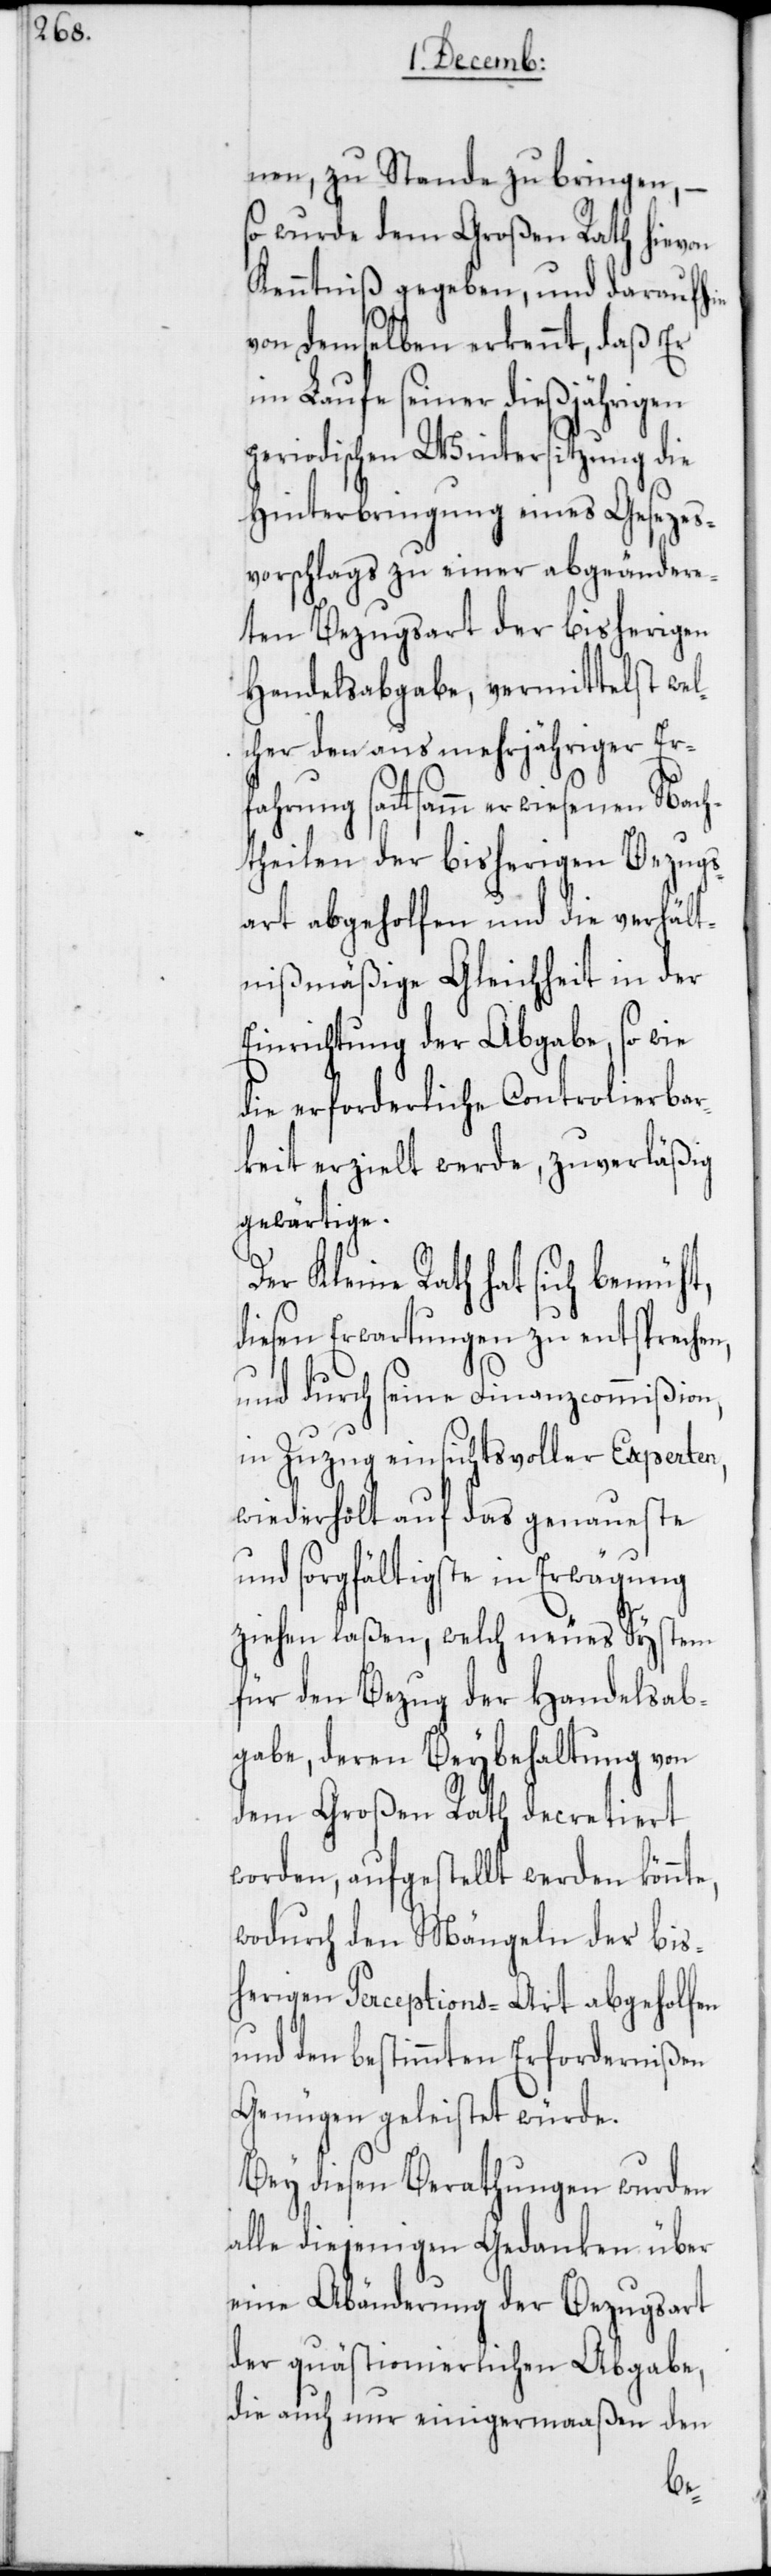
nen, zu Stande zu bringen, –
so wurde dem Großen Rath hievon
Kenntniß gegeben, und daraufhin
von demselben erkennt, daß Er
im Laufe seiner dießjährigen
periodischen Wintersitzung die
Hinterbringung eines Gesezes¬
vorschlags zu einer abgeändere¬
ten Bezugsart der bisherigen
Handelsabgabe, vermittelst wel¬
cher den aus mehrjähriger Er¬
fahrung sattsam erwiesenen Nach¬
theilen der bisherigen Bezugs¬
art abgeholfen und die verhält¬
nißmäßige Gleichheit in der
Einrichtung der Abgabe, so wie
die erforderliche Controlierbar¬
keit erzielt werde, zuverläßig
gewärtige.
Der Kleine Rath hat sich bemüht,
diesen Erwartungen zu entsprechen,
und durch seine Finanzcommißion,
in Zuzug einsichtsvoller Experten,
wiederholt auf das genaueste
und sorgfältigste in Erwägung
ziehen laßen, welch neues System
für den Bezug der Handelsab¬
gabe, deren Beybehaltung von
dem Großen Rath decretiert
worden, aufgestellt werden könnt¬
wodurch den Mängeln der bis¬
herigen Perceptions-Art abgeholfen
und den bestimmten Erfordernißen
Genügen geleistet würde.
Bey diesen Berathungen wurden
alle diejenigen Gedanken über
eine Abänderung der Bezugsart
der quästionierlichen Abgabe,
die auch nur einigermaaßen den
e,